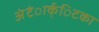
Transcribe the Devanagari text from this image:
अंंटंार्क्िटका